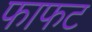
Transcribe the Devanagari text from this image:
फाफट